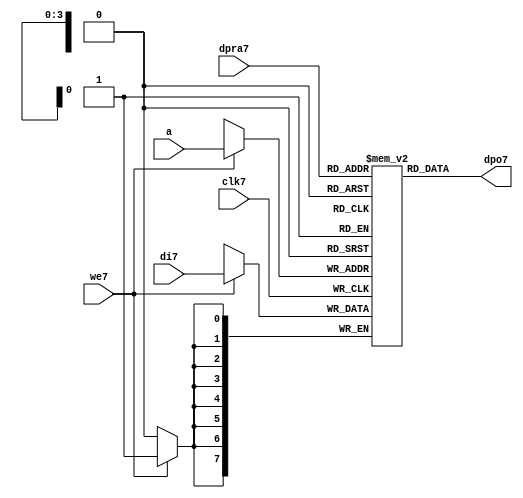
//////////////////////////////////////////////////////////////////////
////                                                              ////
////  raminfr7.v                                                   ////
////                                                              ////
////                                                              ////
////  This7 file is part of the "UART7 16550 compatible7" project7    ////
////  http7://www7.opencores7.org7/cores7/uart165507/                   ////
////                                                              ////
////  Documentation7 related7 to this project7:                      ////
////  - http7://www7.opencores7.org7/cores7/uart165507/                 ////
////                                                              ////
////  Projects7 compatibility7:                                     ////
////  - WISHBONE7                                                  ////
////  RS2327 Protocol7                                              ////
////  16550D uart7 (mostly7 supported)                              ////
////                                                              ////
////  Overview7 (main7 Features7):                                   ////
////  Inferrable7 Distributed7 RAM7 for FIFOs7                        ////
////                                                              ////
////  Known7 problems7 (limits7):                                    ////
////  None7                .                                       ////
////                                                              ////
////  To7 Do7:                                                      ////
////  Nothing so far7.                                             ////
////                                                              ////
////  Author7(s):                                                  ////
////      - gorban7@opencores7.org7                                  ////
////      - Jacob7 Gorban7                                          ////
////                                                              ////
////  Created7:        2002/07/22                                  ////
////  Last7 Updated7:   2002/07/22                                  ////
////                  (See log7 for the revision7 history7)          ////
////                                                              ////
////                                                              ////
//////////////////////////////////////////////////////////////////////
////                                                              ////
//// Copyright7 (C) 2000, 2001 Authors7                             ////
////                                                              ////
//// This7 source7 file may be used and distributed7 without         ////
//// restriction7 provided that this copyright7 statement7 is not    ////
//// removed from the file and that any derivative7 work7 contains7  ////
//// the original copyright7 notice7 and the associated disclaimer7. ////
////                                                              ////
//// This7 source7 file is free software7; you can redistribute7 it   ////
//// and/or modify it under the terms7 of the GNU7 Lesser7 General7   ////
//// Public7 License7 as published7 by the Free7 Software7 Foundation7; ////
//// either7 version7 2.1 of the License7, or (at your7 option) any   ////
//// later7 version7.                                               ////
////                                                              ////
//// This7 source7 is distributed7 in the hope7 that it will be       ////
//// useful7, but WITHOUT7 ANY7 WARRANTY7; without even7 the implied7   ////
//// warranty7 of MERCHANTABILITY7 or FITNESS7 FOR7 A PARTICULAR7      ////
//// PURPOSE7.  See the GNU7 Lesser7 General7 Public7 License7 for more ////
//// details7.                                                     ////
////                                                              ////
//// You should have received7 a copy of the GNU7 Lesser7 General7    ////
//// Public7 License7 along7 with this source7; if not, download7 it   ////
//// from http7://www7.opencores7.org7/lgpl7.shtml7                     ////
////                                                              ////
//////////////////////////////////////////////////////////////////////
//
// CVS7 Revision7 History7
//
// $Log: not supported by cvs2svn7 $
// Revision7 1.1  2002/07/22 23:02:23  gorban7
// Bug7 Fixes7:
//  * Possible7 loss of sync and bad7 reception7 of stop bit on slow7 baud7 rates7 fixed7.
//   Problem7 reported7 by Kenny7.Tung7.
//  * Bad (or lack7 of ) loopback7 handling7 fixed7. Reported7 by Cherry7 Withers7.
//
// Improvements7:
//  * Made7 FIFO's as general7 inferrable7 memory where possible7.
//  So7 on FPGA7 they should be inferred7 as RAM7 (Distributed7 RAM7 on Xilinx7).
//  This7 saves7 about7 1/3 of the Slice7 count and reduces7 P&R and synthesis7 times.
//
//  * Added7 optional7 baudrate7 output (baud_o7).
//  This7 is identical7 to BAUDOUT7* signal7 on 16550 chip7.
//  It outputs7 16xbit_clock_rate - the divided7 clock7.
//  It's disabled by default. Define7 UART_HAS_BAUDRATE_OUTPUT7 to use.
//

//Following7 is the Verilog7 code7 for a dual7-port RAM7 with asynchronous7 read. 
module raminfr7   
        (clk7, we7, a, dpra7, di7, dpo7); 

parameter addr_width7 = 4;
parameter data_width7 = 8;
parameter depth = 16;

input clk7;   
input we7;   
input  [addr_width7-1:0] a;   
input  [addr_width7-1:0] dpra7;   
input  [data_width7-1:0] di7;   
//output [data_width7-1:0] spo7;   
output [data_width7-1:0] dpo7;   
reg    [data_width7-1:0] ram7 [depth-1:0]; 

wire [data_width7-1:0] dpo7;
wire  [data_width7-1:0] di7;   
wire  [addr_width7-1:0] a;   
wire  [addr_width7-1:0] dpra7;   
 
  always @(posedge clk7) begin   
    if (we7)   
      ram7[a] <= di7;   
  end   
//  assign spo7 = ram7[a];   
  assign dpo7 = ram7[dpra7];   
endmodule